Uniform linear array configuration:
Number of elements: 16
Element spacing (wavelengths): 0.25
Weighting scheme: cosine
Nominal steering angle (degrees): -15
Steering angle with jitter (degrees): -13.937
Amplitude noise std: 0.05
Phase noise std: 0.05

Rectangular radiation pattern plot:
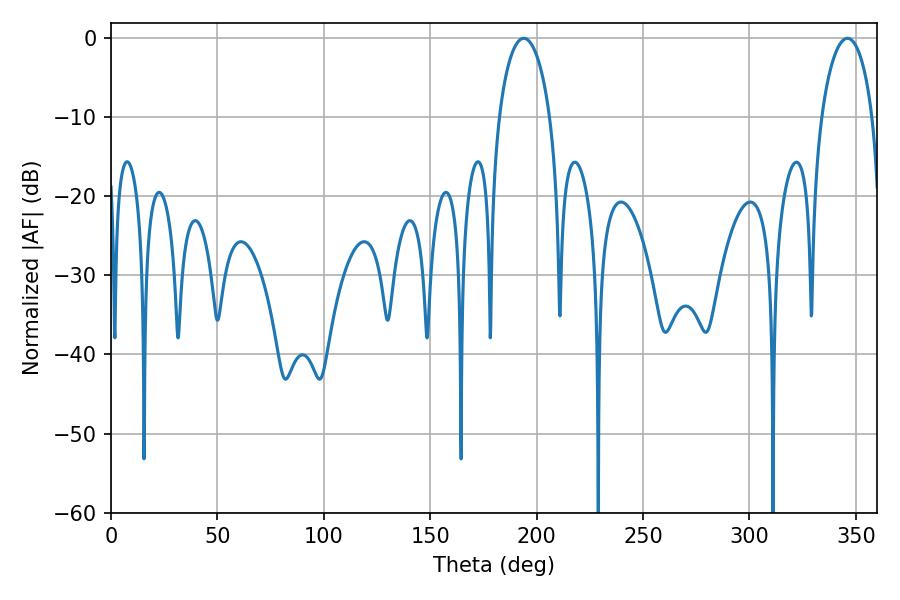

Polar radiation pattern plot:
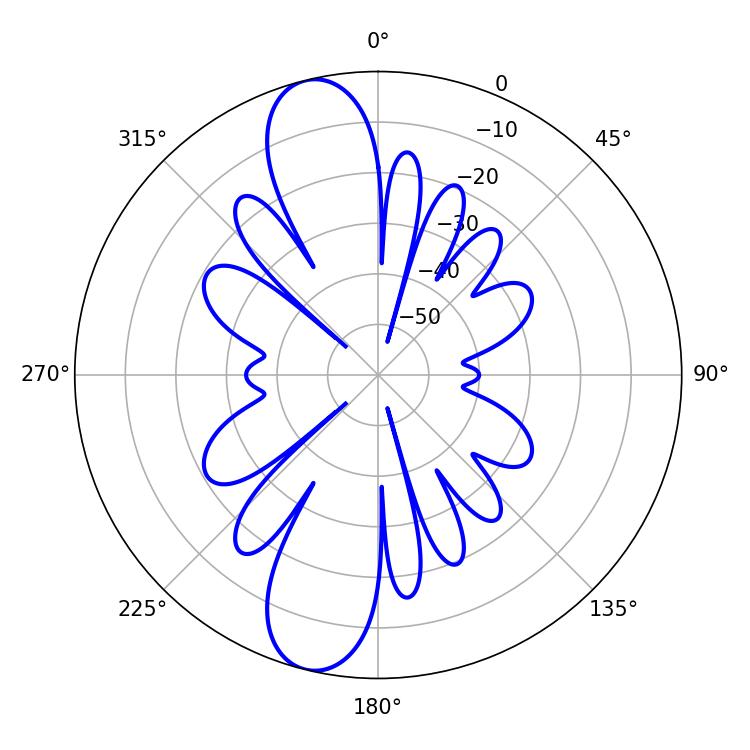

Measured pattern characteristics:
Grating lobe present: FALSE
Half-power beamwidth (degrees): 13.68
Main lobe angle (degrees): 194.04